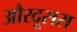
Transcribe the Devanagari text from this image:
औरदूसरा